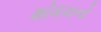
શોધવાનો